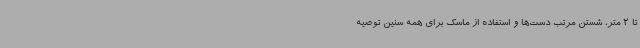
تا 2 متر، شستن مرتب دست‌ها و استفاده از ماسک برای همه سنین توصیه